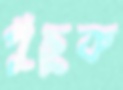
পুঁছুক